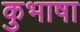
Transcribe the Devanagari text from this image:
कुभाषा